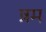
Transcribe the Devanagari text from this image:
ष्रम